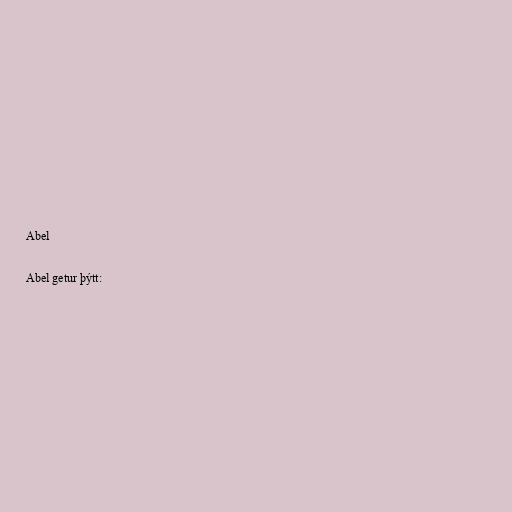
Abel

Abel getur þýtt: